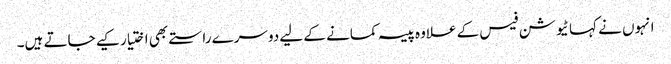
انہوں نے کہا ٹیوشن فیس کے علاوہ پیسہ کمانے کے لیے دوسرے راستے بھی اختیار کیے جاتے ہیں۔